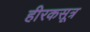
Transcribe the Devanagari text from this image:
हीरकसूत्र